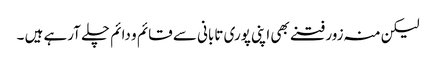
لیکن منہ زور فتنے بھی اپنی پوری تابانی سے قائم و دائم چلے آرہے ہیں ۔